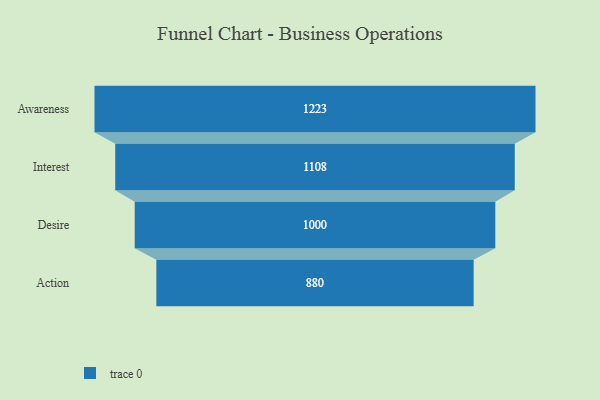
{"axis": {"x": "Stage", "y": "Value"}, "legend": [""], "data": [{"x": "Awareness", "y": 1223.0, "type": ""}, {"x": "Interest", "y": 1108.0, "type": ""}, {"x": "Desire", "y": 1000.0, "type": ""}, {"x": "Action", "y": 880.0, "type": ""}]}